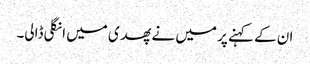
ان کے کہنے پر میں نے پھدی میں انگلی ڈالی۔